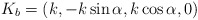
\begin{align*}K_{b} = (k, -k\sin\alpha, k\cos\alpha, 0)\end{align*}